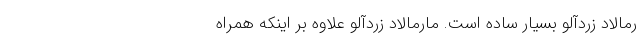
رمالاد زردآلو بسیار ساده است. مارمالاد زردآلو علاوه بر اینکه همراه